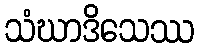
သံဃာဒိသေဿ